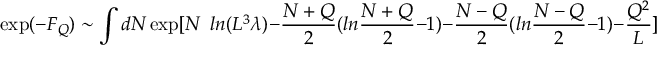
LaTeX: \exp ( - F _ { Q } ) \sim \int d N \exp [ N \ \ l n ( L ^ { 3 } \lambda ) - \frac { N + Q } { 2 } ( l n \frac { N + Q } { 2 } - 1 ) - \frac { N - Q } { 2 } ( l n \frac { N - Q } { 2 } - 1 ) - \frac { Q ^ { 2 } } { L } ]